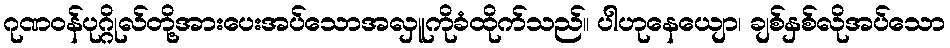
ဂုဏဝန်ပုဂ္ဂိုလ်တို့အားပေးအပ်သောအလှူကိုခံထိုက်သည်။ ပါဟုနေယျော၊ ချစ်နှစ်လိုအပ်သော